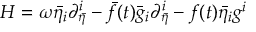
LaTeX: H = \omega { \bar { \eta } } _ { i } { \partial } _ { \bar { \eta } } ^ { i } - \bar { f } ( t ) { \bar { g } } _ { i } { \partial } _ { \bar { \eta } } ^ { i } - f ( t ) { \bar { \eta } } _ { i } g ^ { i }